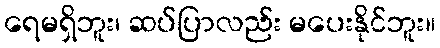
ရေမရှိဘူး၊ ဆပ်ပြာလည်း မပေးနိုင်ဘူး။